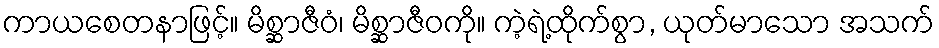
ကာယစေတနာဖြင့်။ မိစ္ဆာဇီဝံ၊ မိစ္ဆာဇီဝကို။ ကဲ့ရဲ့ထိုက်စွာ, ယုတ်မာသော အသက်